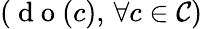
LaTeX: (\mathrm{~d~o~}(c),\, \forall c\in\mathcal{C})